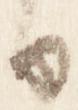
日